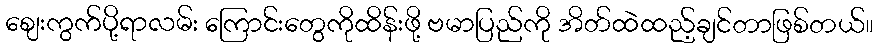
ဈေးကွက်ပို့ရာလမ်း ကြောင်းတွေကိုထိန်းဖို့ ဗမာပြည်ကို အိတ်ထဲထည့်ချင်တာဖြစ်တယ်။